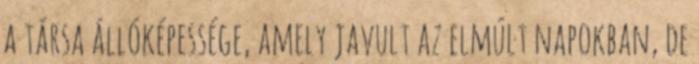
a társa állóképessége, amely javult az elmúlt napokban, de